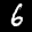
Label: 6